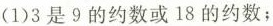
(1)3是9的约数或18的约数；